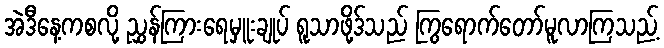
အဲဒီနေ့ကစလို့ ညွှန်ကြားရေမှူးချုပ် ရူသာဖို့ဒ်သည် ကြွရောက်တော်မူလာကြသည့်